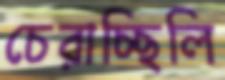
চেরাচ্ছিলি